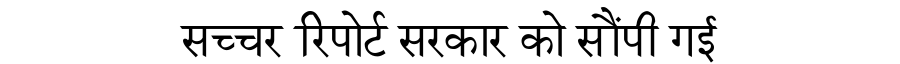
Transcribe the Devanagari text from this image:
सच्चर रिपोर्ट सरकार को सौंपी गई